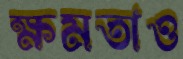
ক্ষমতাও